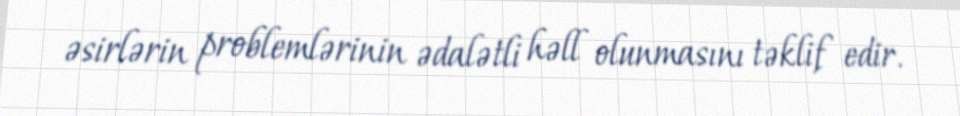
əsirlərin problemlərinin ədalətli həll olunmasını təklif edir.